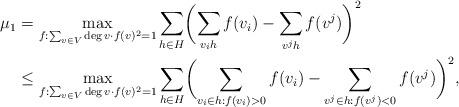
LaTeX: \begin{align*}\mu_1&=\max_{f:\sum_{v\in V}\deg v\cdot f(v)^2=1}\sum_{h\in H}\biggl(\sum_{v_i h}f(v_i)-\sum_{v^j h}f(v^j)\biggr)^2\\&\leq\max_{f:\sum_{v\in V}\deg v\cdot f(v)^2=1}\sum_{h\in H}\biggl(\sum_{v_i \in h:f(v_i)>0}f(v_i)-\sum_{v^j \in h:f(v^j)<0}f(v^j)\biggr)^2,\end{align*}